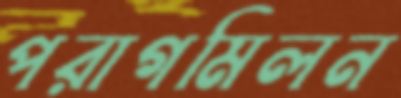
পরাগমিলন